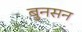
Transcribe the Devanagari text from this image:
बुनसन